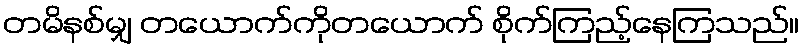
တမိနစ်မျှ တယောက်ကိုတယောက် စိုက်ကြည့်နေကြသည်။